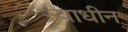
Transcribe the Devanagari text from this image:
स्‍वाधीन